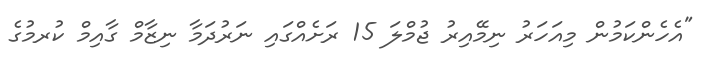
"އެހެންކަމުން މިއަހަަރު ނިމޭއިރު ޖުމްލަ 15 ރަށެެއްގައި ނަރުދަމާ ނިޒާމް ގާއިމް ކުރމުގެ